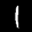
Label: 1